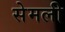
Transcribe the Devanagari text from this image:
सेमली